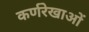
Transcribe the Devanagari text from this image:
कर्णरेखाओं